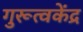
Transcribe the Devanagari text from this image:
गुरूत्वकेंद्र